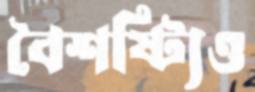
বৈশষ্ট্যিও